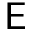
\mathsf { E }